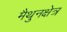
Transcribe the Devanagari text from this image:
मैथुनक्षेत्र